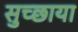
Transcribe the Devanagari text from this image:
सुच्छाया